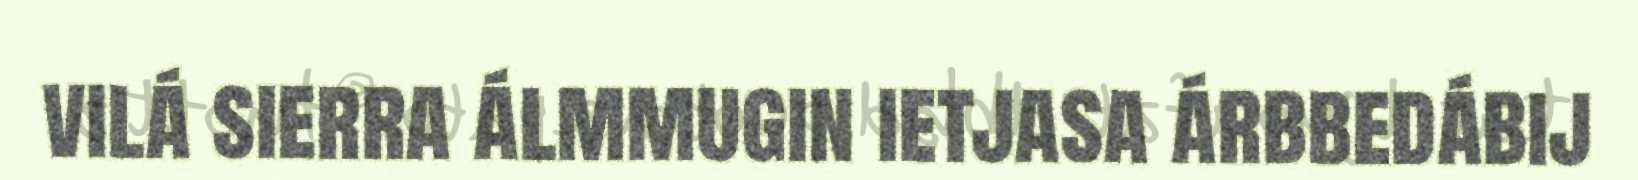
vilá sierra álmmugin ietjasa árbbedábij